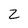
Character: z